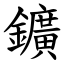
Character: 鑛